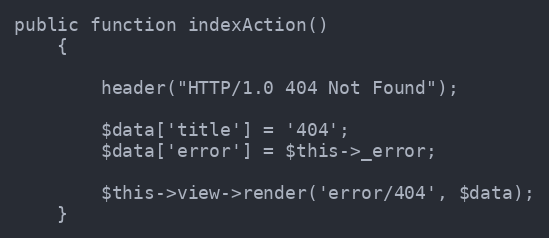
Language: PHP
public function indexAction()
    {

        header("HTTP/1.0 404 Not Found");

        $data['title'] = '404';
        $data['error'] = $this->_error;

        $this->view->render('error/404', $data);
    }